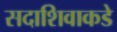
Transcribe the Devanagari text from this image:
सदाशिवाकडे